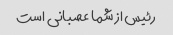
رئیس از شما عصبانی است